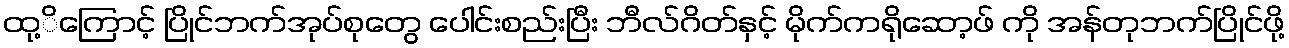
ထု့ိကြောင့် ပြိုင်ဘက်အုပ်စုတွေ ပေါင်းစည်းပြီး ဘီလ်ဂိတ်နှင့် မိုက်ကရိုဆော့ဖ် ကို အန်တုဘက်ပြိုင်ဖို့